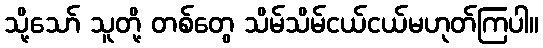
သို့သော် သူတို့ တစ်တွေ သိမ်သိမ်ငယ်ငယ်မဟုတ်ကြပါ။